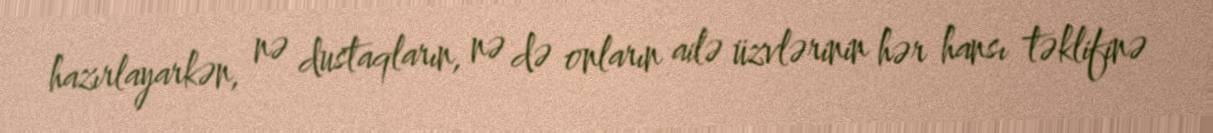
hazırlayarkən, nə dustaqların, nə də onların ailə üzvlərinin hər hansı təklifinə